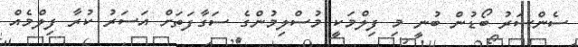
ސެންސަރު ބޯޑުން ބުނީ މި ފިލްމަކީ މުސްލިމުންގެ ސަގާފަތަށް އަސަރު ކުރާ ފިލްމެއް